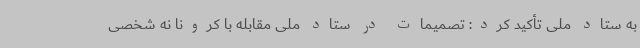
به ستاد ملی تأکید کرد: تصمیمات در ستاد ملی مقابله با کرونا نه شخصی